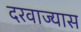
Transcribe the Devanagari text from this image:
दरवाज्यास